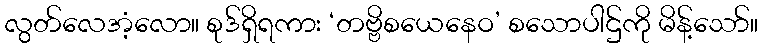
လွတ်လေအံ့လော။ စုဒ်ရှိရကား ‘တဗ္ဗိစယေနေဝ’ စသောပါဌ်ကို မိန့်သော်။